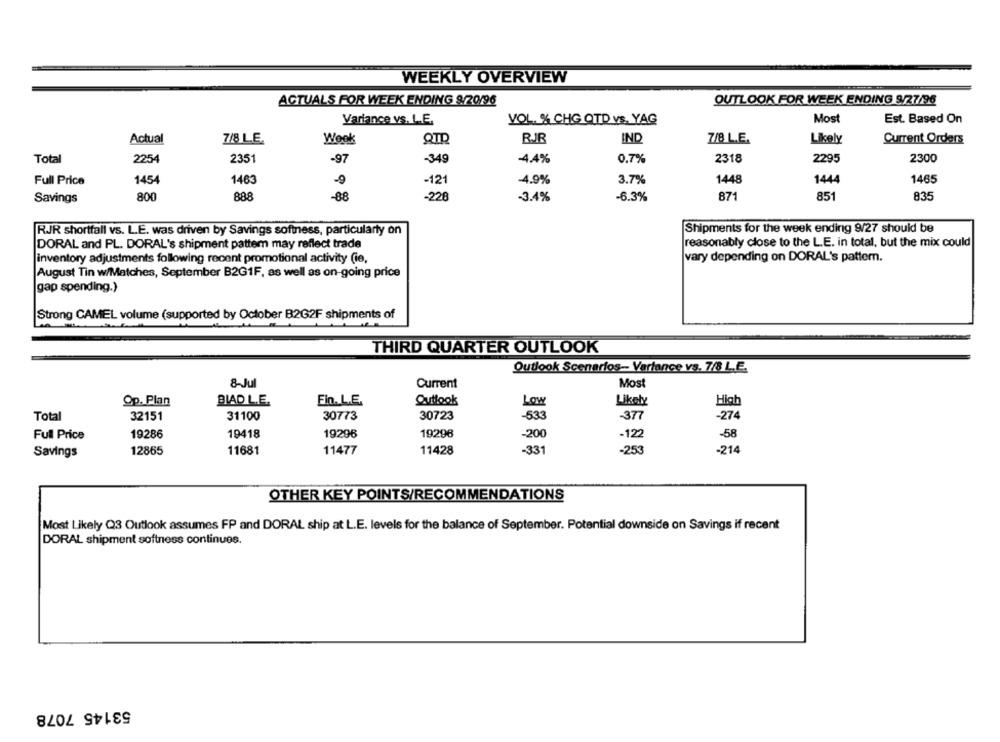
WEEKLY OVERVIEW
ACTUALS FOR WEEK ENDING 9/20/96
OUTLOOK FOR WEEK ENDING 9/27/96
Most
Variance vs. L.E.
VOL. % CHG QTD Vs. YAG
Est. Based On
Actual
7/8 L.E.
Wook
IND
7/8 L.E.
Likely
Current Orders
Total
2254
2351
-97
-349
-4.4%
0.7%
2318
2295
2300
-4.9%
1448
1465
Full Price
1454
1463
-9
-121
3.7%
1444
Savings
800
888
-88
228
-3.4%
-6.3%
871
851
835
RJR shortfall vs. L.E. was driven by Savings softness, particularly on
Shipments for the week ending 9/27 should be
DORAL and PL. DORAL's shipment pattem may reflect trade
reasonably close to the L.E. in total, but the mix could
inventory adjustments following recent promotional activity (ie,
vary depending on DORAL's pattern.
August Tin w/Matches, September B2G1F, as well as on-going price
gap spending.)
Strong CAMEL volume (supported by October B2G2F shipments of
THIRD QUARTER OUTLOOK
Outlook Scenarios- Variance vs. 7/8 L.E.
8-Jul
Current
Most
BIAD L.E.
Fin. L.E.
Outlook
Likely
Op. Plan
Low
Total
31100
30773
30723
32151
-533
-37
-274
Full Price
19286
19418
19296
19296
-200
-58
-12
12865
11681
11477
11428
-331
-253
.214
Savings
OTHER KEY POINTS/RECOMMENDATIONS
Most Likely Q3 Outlook assumes FP and DORAL ship at L.E. levels for the balance of September. Potential downside on Savings if recent
DORAL shipment softness continues.
53145 7078